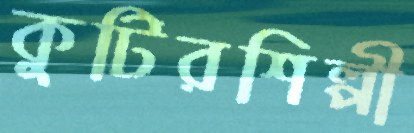
কুটিরশিল্পী